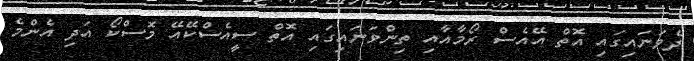
ދެވަނައިގައި އޮތް އޭއެސް ރޯމާއާއި ތިންވަނައިގައި އޮތް ސީއެސްކޭއޭ މޮސްކޯ އަދި އެންމެ